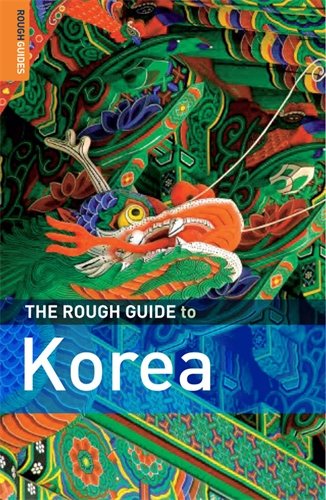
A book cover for The Rough Guide to Korea 1 (Rough Guide Travel Guides); Norbert Paxton; Travel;